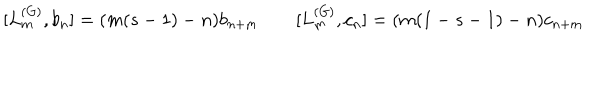
LaTeX: [ L _ { m } ^ { ( G ) } , b _ { n } ] = ( m ( s - 1 ) - n ) b _ { n + m } \qquad [ L _ { m } ^ { ( G ) } , c _ { n } ] = ( m ( 1 - s - 1 ) - n ) c _ { n + m }